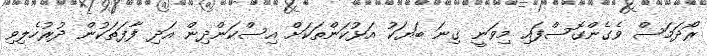
ރޯދަމަސް ވެގެންގޮސްފައި މިވަނީ ގިނަ ބަޔަކު އަޅުކަންތަކަށް އިސްކަންދިން އަދި ފާފަތަކުން ދުރުހެލިވި